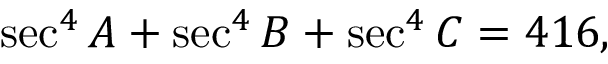
\sec ^ { 4 } A + \sec ^ { 4 } B + \sec ^ { 4 } C = 4 1 6 ,